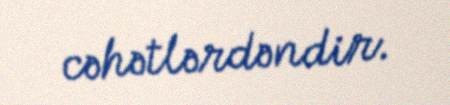
cəhətlərdəndir.